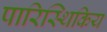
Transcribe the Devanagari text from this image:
पारिस्थिकिय